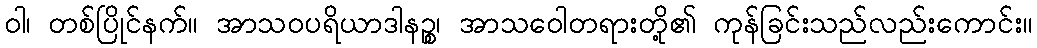
ဝါ၊ တစ်ပြိုင်နက်။ အာသဝပရိယာဒါနဉ္စ၊ အာသဝေါတရားတို့၏ ကုန်ခြင်းသည်လည်းကောင်း။